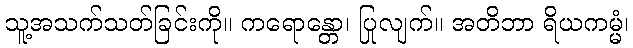
သူ့အသက်သတ်ခြင်းကို။ ကရောန္တော၊ ပြုလျက်။ အတိဘာ ရိယကမ္မံ၊